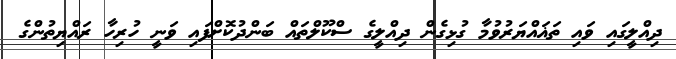
ދިއްލީގައި ވައި ތަޣައްޔަރުވުމާ ގުޅިގެން ދިއްލީގެ ސްކޫލްތައް ބަންދުކޮށްފައި ވަނީ ހުރިހާ ރައްޔިތުންގެ